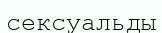
сексуальды